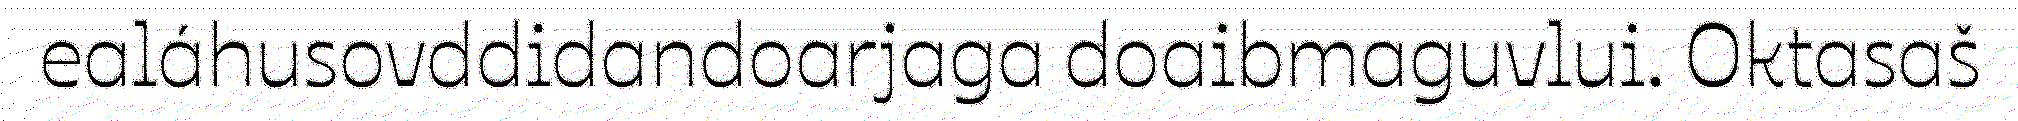
ealáhusovddidandoarjaga doaibmaguvlui. Oktasaš